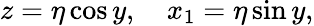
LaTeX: z=\eta\cos y,\quad x_{1}=\eta\sin y,